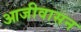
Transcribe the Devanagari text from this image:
आजीवासन